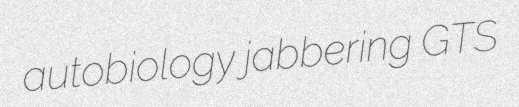
autobiology jabbering GTS